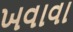
ખવાવા